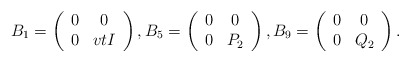
\begin{align*}B_1=\left(\begin{array}{cc}0 & 0 \\ 0 & vtI\end{array}\right),B_5=\left(\begin{array}{cc}0 & 0 \\ 0 & P_2\end{array}\right),B_9=\left(\begin{array}{cc}0 & 0 \\ 0 & Q_2 \end{array}\right).\end{align*}